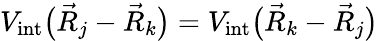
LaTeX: {V_{\mathrm{int}}\big(\vec{R}_{j}-\vec{R}_{k}\big)=V_{\mathrm{int}}\big(\vec{R}_{k}-\vec{R}_{j}\big)}